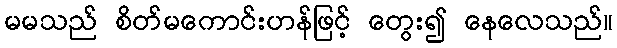
မမသည် စိတ်မကောင်းဟန်ဖြင့် တွေး၍ နေလေသည်။